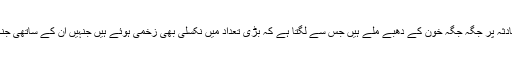
پولیس سپرنٹنڈنٹ کے مطابق جائے حادثہ پر جگہ جگہ خون کے دھبے ملے ہیں جس سے لگتا ہے کہ بڑی تعداد میں نکسلی بھی زخمی ہوئے ہیں جنہیں ان کے ساتھی جنگل کی طرف لے کرفرار ہو گئے ہیں۔